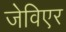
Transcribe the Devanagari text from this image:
जेविएर